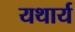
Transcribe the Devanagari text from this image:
यथार्य